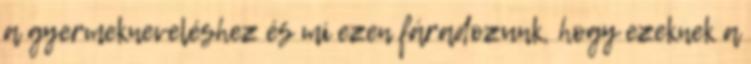
a gyermekneveléshez és mi ezen fáradozunk, hogy ezeknek a